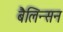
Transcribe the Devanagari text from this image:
बैलिन्सन